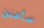
سأعلن